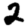
Digit: 2